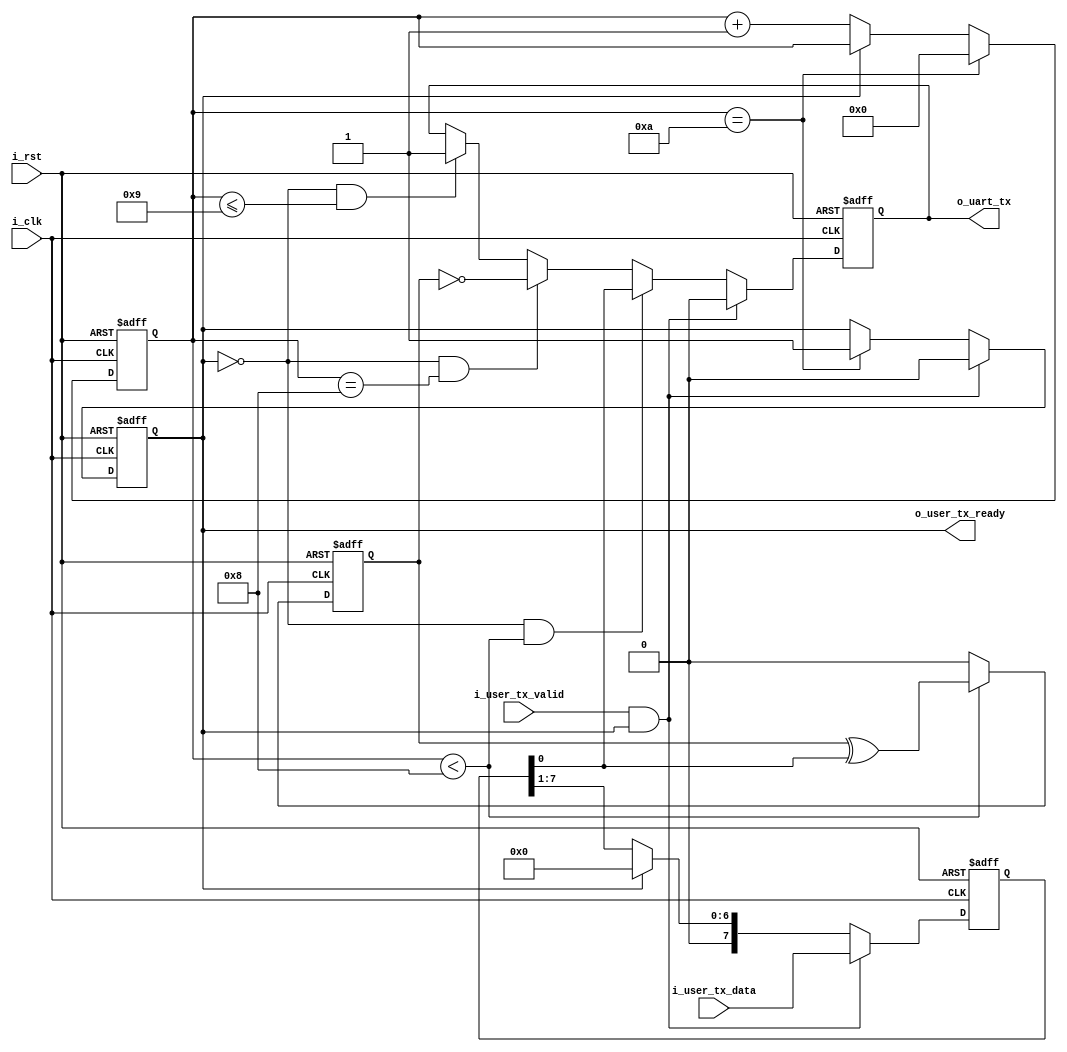
`timescale 1ns / 1ns
//////////////////////////////////////////////////////////////////////////////////
// Company: 
// Engineer: 
// 
// Design Name: 
// Module Name: uart_tx
// Project Name: 
// Target Devices: 
// Tool Versions: 
// Description: 
// 
// Dependencies: 
// 
// Revision:
// Revision 0.01 - File Created
// Additional Comments:
// 
//////////////////////////////////////////////////////////////////////////////////

//  -
//  PLL
/*
    ------bit
    - bps   bits    1bit5M/
    -       
    -/
    -

*/ 


/*                 */

module uart_tx#(
    parameter           P_SYSTEM_CLK        =50_000_000 ,
    parameter           P_UART_BURD_RATE    =9600       ,
    parameter           P_UART_DATA_WIDTH   =8          ,
    parameter           P_UART_CHECK_ON     =1          ,   // None=0 Odd-1 Even-2
    parameter           P_UART_STOP_WIDTH   =1              // 
)(
    input               i_clk                           ,
    input               i_rst                           ,

    input                           i_user_tx_valid     ,   // 
    input [P_UART_DATA_WIDTH-1 :0]  i_user_tx_data      ,   // user

    // output  [15:0]                          o_cnt,
    // output                          o_tx_check,
    // output                          o_tx_active,
    // output  [P_UART_DATA_WIDTH-1 :0]                          o_data,

    output                          o_user_tx_ready     ,   // 
    output                          o_uart_tx               //  
);




wire                                w_tx_active         ;   // tx/
reg  [P_UART_DATA_WIDTH-1 :0]       r_user_tx_data      ;   // user---/

reg                                 ro_user_tx_ready    ;   // 
reg                                 ro_uart_tx          ;   //     

reg                                 r_tx_check          ;   //  
reg [15:0]                          r_cnt               ;   // 
/*16bit*/



// wire        o_cnt           ;
// wire        o_tx_check      ;
// wire        o_tx_active     ;
// wire        o_data          ;


// 
assign   w_tx_active        =   i_user_tx_valid & o_user_tx_ready   ;
assign   o_user_tx_ready    =   ro_user_tx_ready                    ;
assign   o_uart_tx          =   ro_uart_tx                          ;

// assign   o_cnt              =   r_cnt                               ;
// assign   o_tx_check         =   r_tx_check                          ;
// assign   o_tx_active        =   w_tx_active                         ;
// assign   o_data             =   i_user_tx_data;




// /1b + /x + /1b + /y     1+x+1+y     
/*  */

always@(posedge i_clk, posedge i_rst)
begin
    if(i_rst)
        r_cnt <= 'd0;               
    else if(r_cnt == (2 + P_UART_DATA_WIDTH + P_UART_STOP_WIDTH) - 1 && P_UART_CHECK_ON > 0)
        r_cnt <= 'd0;
    else if(r_cnt == ((2 + P_UART_DATA_WIDTH + P_UART_STOP_WIDTH) - 2) && !P_UART_CHECK_ON)
        r_cnt <= 'd0;
    else if(!ro_user_tx_ready)                // ready0 012345678 9 10 
        r_cnt <= r_cnt + 1;
    else
        r_cnt <= r_cnt;
end

/* /*/

always@(posedge i_clk, posedge i_rst)   // ready01
begin
    if(i_rst)
        ro_user_tx_ready <= 1'd1;
    else if(w_tx_active)
        ro_user_tx_ready <= 1'd0;
    else if(r_cnt == ((2 + P_UART_DATA_WIDTH + P_UART_STOP_WIDTH) - 1) && P_UART_CHECK_ON > 0)
        ro_user_tx_ready <= 1'd1;
    else if(r_cnt == ((2 + P_UART_DATA_WIDTH + P_UART_STOP_WIDTH) - 2) && !P_UART_CHECK_ON)
        ro_user_tx_ready <= 1'd1;
    else
        ro_user_tx_ready <= ro_user_tx_ready;
end

/* -- */

always@(posedge i_clk, posedge i_rst)   // 
begin
    if(i_rst)
        r_user_tx_data <= 'd0;
    else if(w_tx_active)
        r_user_tx_data <= i_user_tx_data;
    else if(!ro_user_tx_ready)
        r_user_tx_data <= r_user_tx_data>>1;
    else
        r_user_tx_data <= 'd0;
end

//cnt       0 0 1 2 3 4 5 6 7 8 c s s         active1
//cnt       0 0 0 1 2 3 4 5 6 7 8 c s s       ready0active1 ready0
//data          0 1 2 3 4 5 6 7 8 c s s
//ready     1 1 0 0 0 0 0 0 0 0 0 0 0 1
//wxactive  0 1 0 0 0 0 0 0 0 0 0 0 0 1
always@(posedge i_clk, posedge i_rst)
begin
    if(i_rst)
        ro_uart_tx <= 1'd1;
    else if(w_tx_active)        //   0 0 1 1 
        ro_uart_tx <= 1'd0;
    else if(!ro_user_tx_ready && r_cnt < P_UART_DATA_WIDTH)    //  0
        ro_uart_tx <= r_user_tx_data[0];
    else if(!ro_user_tx_ready && r_cnt == (P_UART_DATA_WIDTH) && P_UART_CHECK_ON > 0)    // 
        ro_uart_tx <= P_UART_CHECK_ON==2? r_tx_check : ~r_tx_check;
    else if(!ro_user_tx_ready && r_cnt <= (P_UART_DATA_WIDTH + P_UART_STOP_WIDTH-1) && !P_UART_CHECK_ON)  // 
        ro_uart_tx <= 1'd1;
    else if(!ro_user_tx_ready && r_cnt <= (P_UART_DATA_WIDTH + P_UART_STOP_WIDTH) && P_UART_CHECK_ON > 0)   // 
        ro_uart_tx <= 1'd1;
    else
        ro_uart_tx <= ro_uart_tx;   // 
end

/*    */

always@(posedge i_clk, posedge i_rst)
begin
    if(i_rst)
        r_tx_check <= 1'd0;
    else if(P_UART_CHECK_ON > 0 && r_cnt < P_UART_DATA_WIDTH)  
        r_tx_check <=  r_tx_check ^ r_user_tx_data[0];      // 01  
    else
        r_tx_check <= 1'd0;
end
endmodule